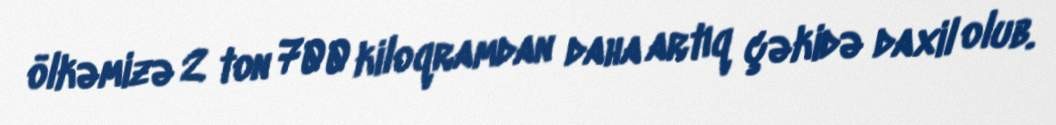
ölkəmizə 2 ton 700 kiloqramdan daha artıq çəkidə daxil olub.